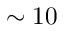
\sim 1 0